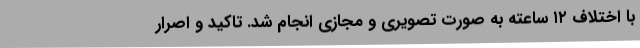
با اختلاف ۱۲ ساعته به صورت تصویری و مجازی انجام شد. تاکید و اصرار